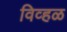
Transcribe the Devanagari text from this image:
विव्हळ